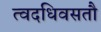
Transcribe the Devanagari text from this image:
त्वदधिवसतौ